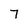
Character: 7